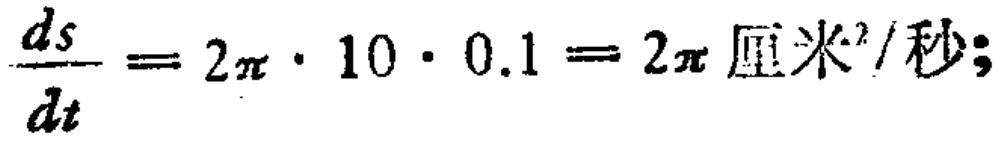
$\frac{ds}{dt}=2\pi\cdot10\cdot0.1 = 2\pi \text{ 厘米}^2/\text{秒;}$